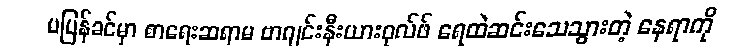
မပြန်ခင်မှာ စာရေးဆရာမ ဗာဂျင်းနီးယားဝုလ်ဖ် ရေထဲဆင်းသေသွားတဲ့ နေရာကို